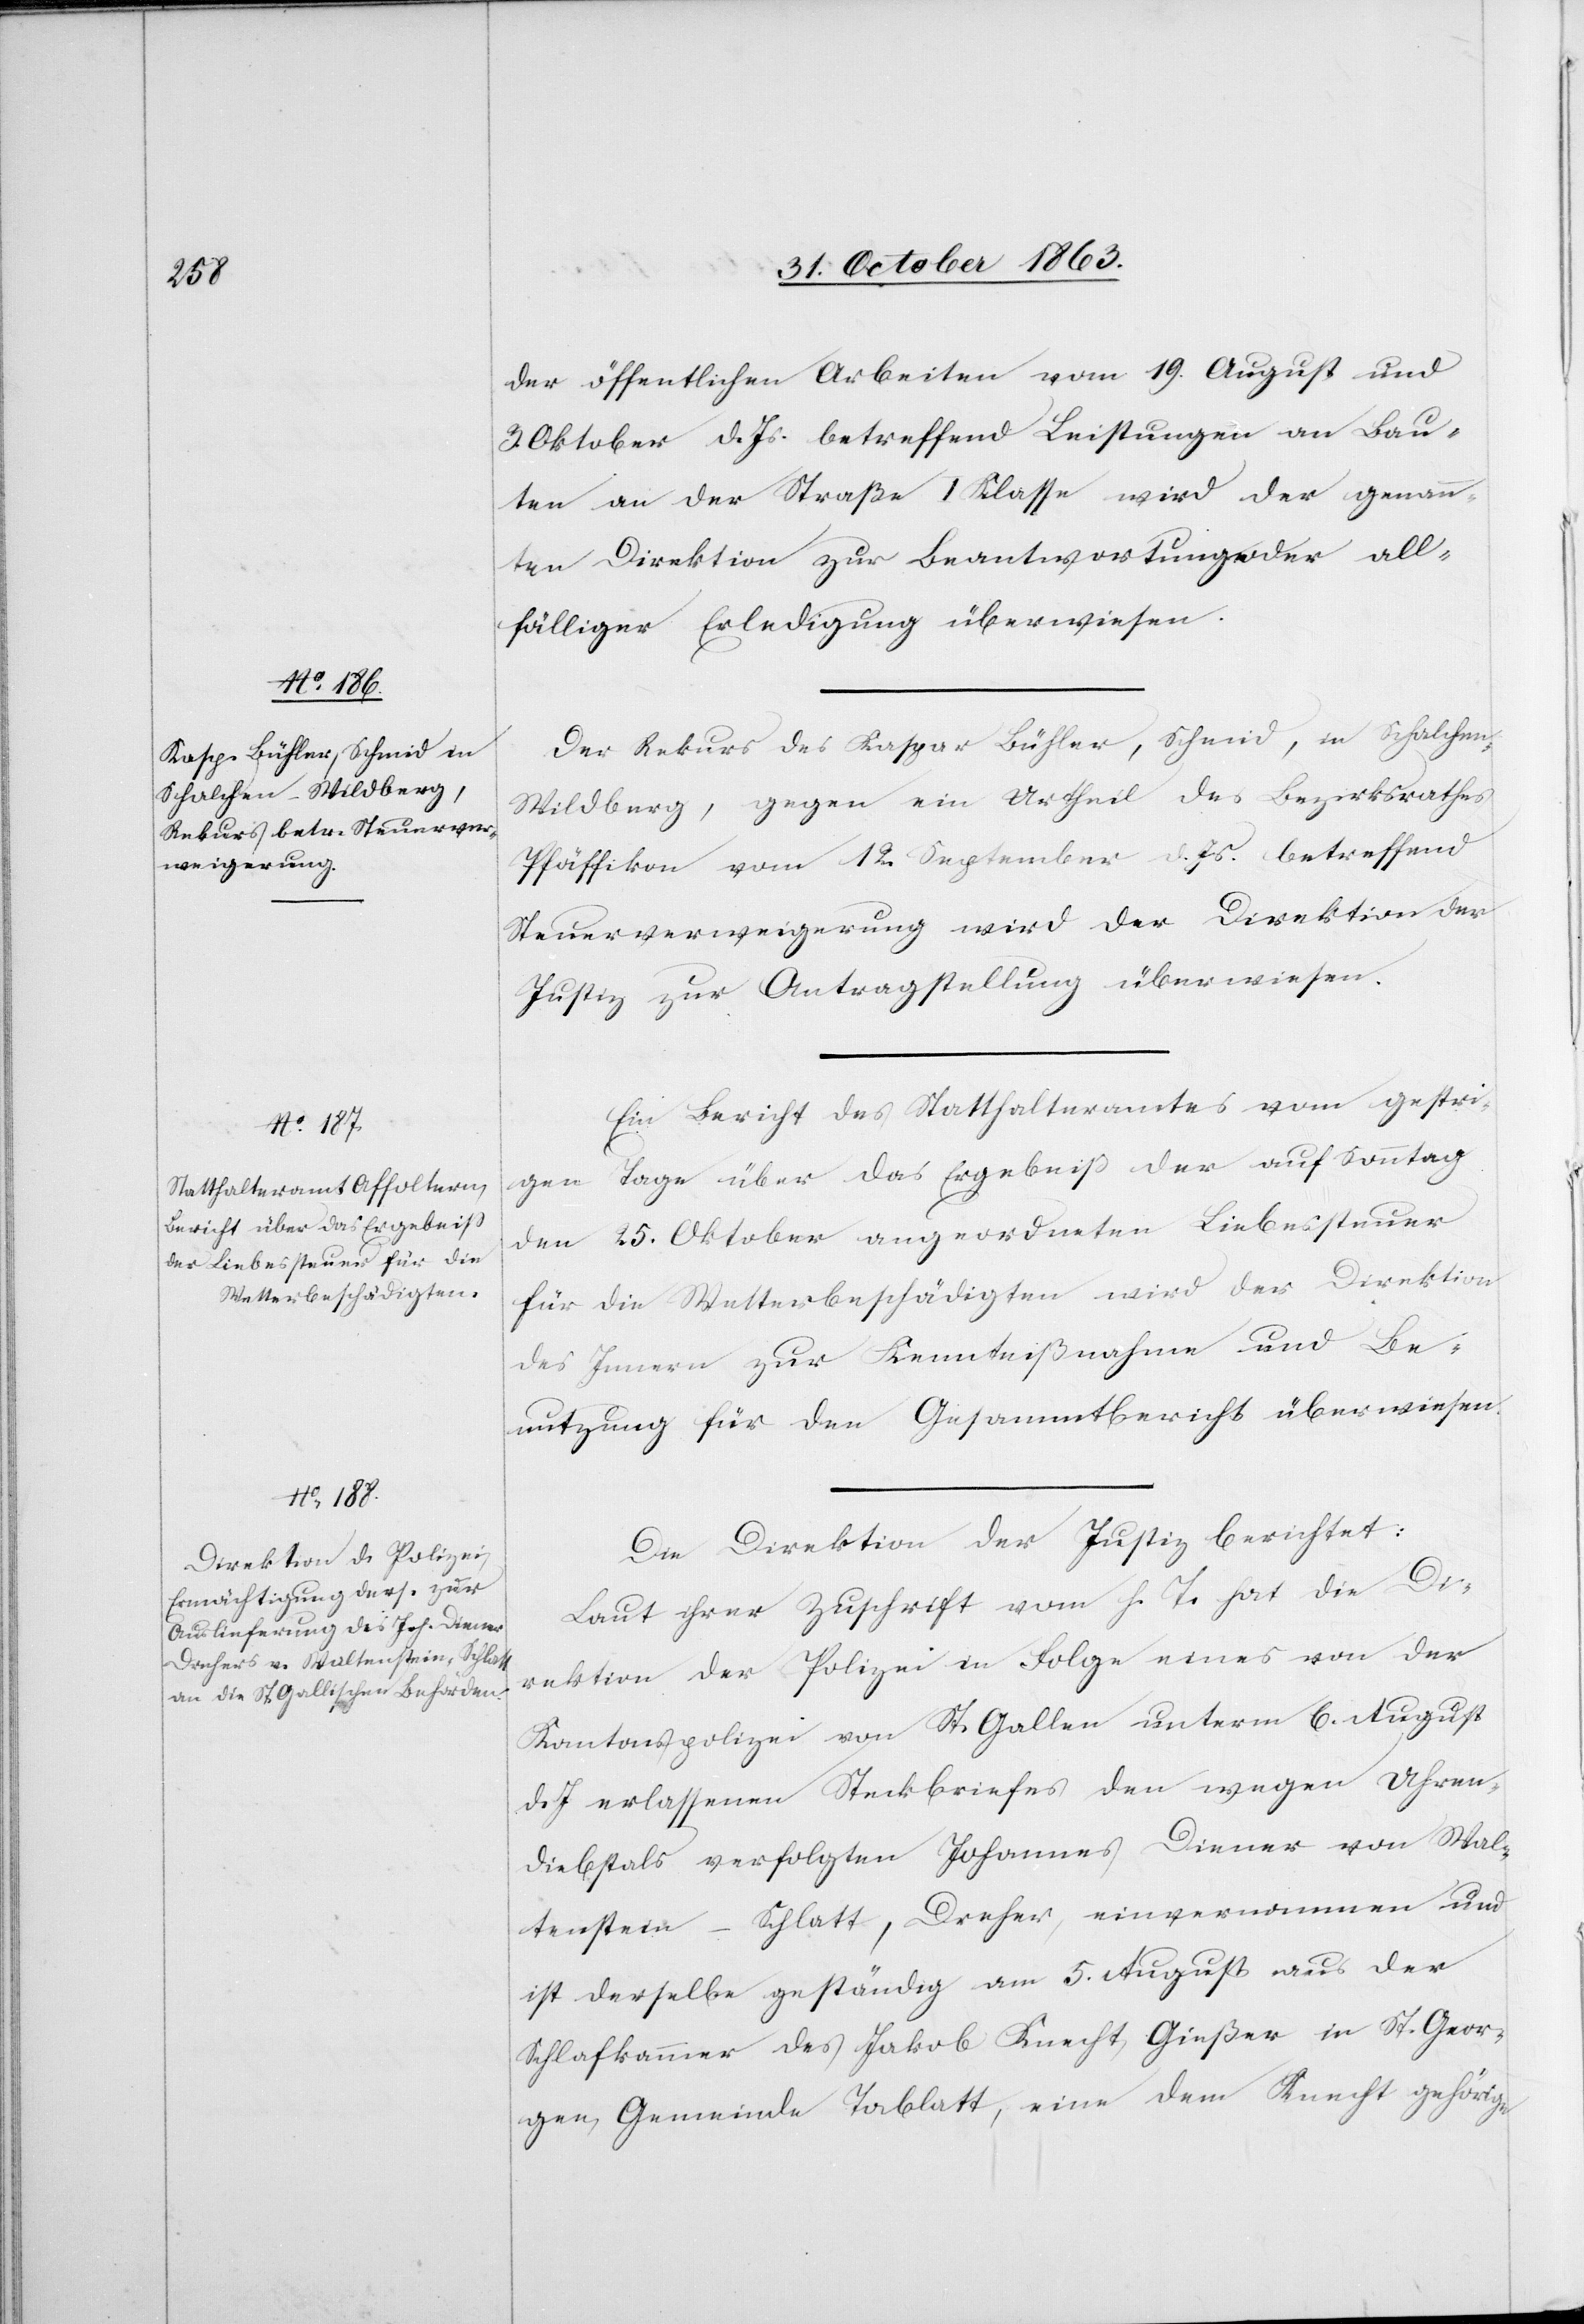
1863.]

der öffentlichen Arbeiten vom 19. August und
3. Oktober d. Js. betreffend Leistungen an Bau¬
ten an der Straße I Klasse wird der genann¬
ten Direktion zur Beantwortung oder all¬
fälliger Erledigung überwiesen.
Der Rekurs des Kaspar Bühler, Schmid, in Schalche¬
n-Wildberg, gegen ein Urtheil des Bezirksrathes
Pfäffikon vom 12. September d. Js. betreffend
Steuerverweigerung wird der Direktion der
Justiz zur Antragstellung überwiesen.
Novemb.
Ein Bericht des Statthalteramtes vom gestri¬
gen Tage über das Ergebniß der auf Sonntag
den 25. Oktober angeordneten Liebessteuer
für die Wetterbeschädigten wird der Direktion
des Innern zur Kenntnißnahme und Be¬
nutzung für den Gesammtbericht überwiesen.
Die Direktion der Justiz berichtet:
Laut ihrer Zuschrift vom h. T. hat die Di¬
rektion der Polizei in Folge eines von der
Kantonspolizei von St. Gallen unterm 6. August
d. J erlassenen Steckbriefes den wegen Uhren¬
diebstals verfolgten Johannes Diener von Wal¬
tenstein-Schlatt, Dreher, einvernommen und
ist derselbe geständig am 5. August aus der
Schlafkammer des Jakob Knecht, Gießer in St. Geor¬
gen, Gemeinde Tablatt [sic!], eine dem Knecht gehörige